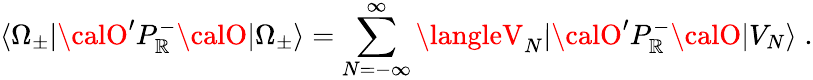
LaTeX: \langle\Omega_{\pm}|{\calO}^{\prime}P_{\mathbb{R}}^{-}{\calO}|\Omega_{\pm}\rangle=\sum_{N=-\infty}^{\infty}\langleV_{N}|{\calO}^{\prime}P_{\mathbb{R}}^{-}{\calO}|V_{N}\rangle\; .